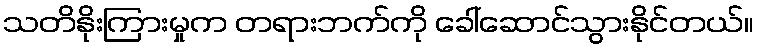
သတိနိုးကြားမှုက တရားဘက်ကို ခေါ်ဆောင်သွားနိုင်တယ်။